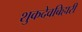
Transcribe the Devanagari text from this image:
शुकदेवबिहारी